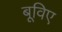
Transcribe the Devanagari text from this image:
बूविए